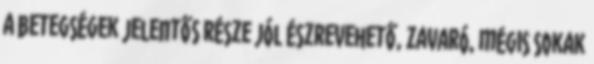
a betegségek jelentős része jól észrevehető, zavaró, mégis sokak